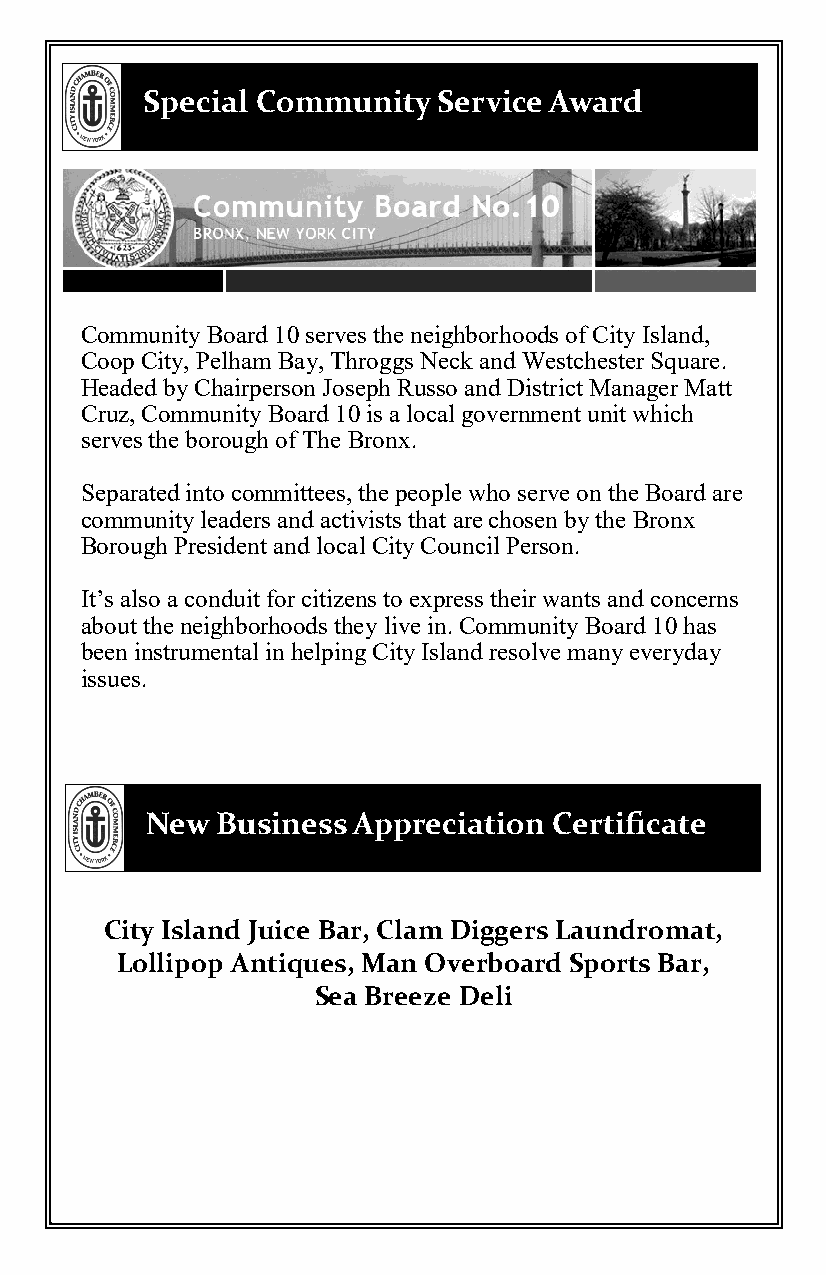
Special Community   Service Award
 Community Board 10 serves the neighborhoods of City Island,
 Coop City, Pelham Bay, Throggs Neck and Westchester Square.
 Headed by Chairperson Joseph Russo and District Manager Matt
 Cruz, Community Board 10 is a local government unit which
 serves the borough of The Bronx.
 Separated into committees, the people who serve on the Board are
 community leaders and activists that are chosen by the Bronx
 Borough President and local City Council Person.
 It’s also a conduit for citizens to express their wants and concerns
 about the neighborhoods they live in. Community Board 10 has
 been instrumental in helping City Island resolve many everyday
 issues.
 New Business Appreciation  Certificate
 City Island Juice Bar, Clam Diggers Laundromat,
 Lollipop Antiques, Man Overboard Sports Bar,
 Sea Breeze Deli